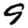
Digit: 9